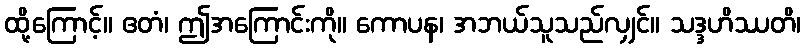
ထို့ကြောင့်။ ဧတံ၊ ဤအကြောင်းကို။ ကောပန၊ အဘယ်သူသည်လျှင်။ သဒ္ဒဟိဿတိ၊